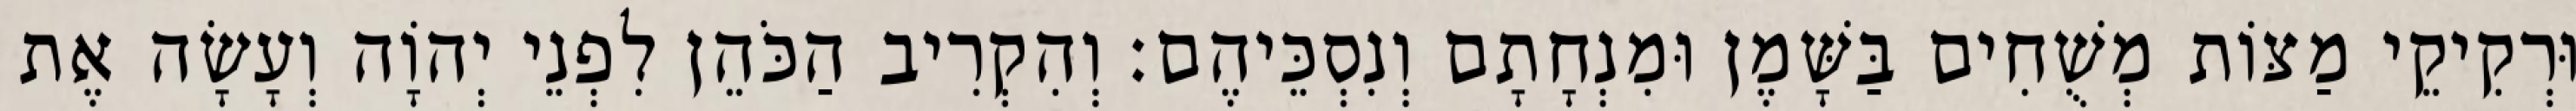
וּרְקִיקֵי מַצּוֹת מְשֻׁחִים בַּשָּׁמֶן וּמִנְחָתָם וְנִסְכֵּיהֶם׃ וְהִקְרִיב הַכֹּהֵן לִפְנֵי יְהוָֹה וְעָשָׂה אֶת